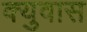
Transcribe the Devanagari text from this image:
क्युवास